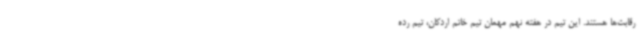
رقابت‌ها هستند. این تیم در هفته نهم مهمان تیم خاتم اردکان، تیم رده